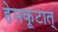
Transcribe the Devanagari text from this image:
हेमकूटात्